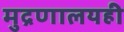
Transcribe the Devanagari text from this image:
मुद्रणालयही